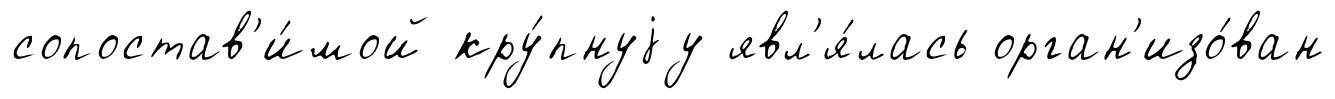
сопостав'и́мой кру́пнуjу явл'я́лась орган'изо́ван